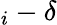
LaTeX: _i-\delta